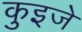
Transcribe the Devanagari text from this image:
कुइजे